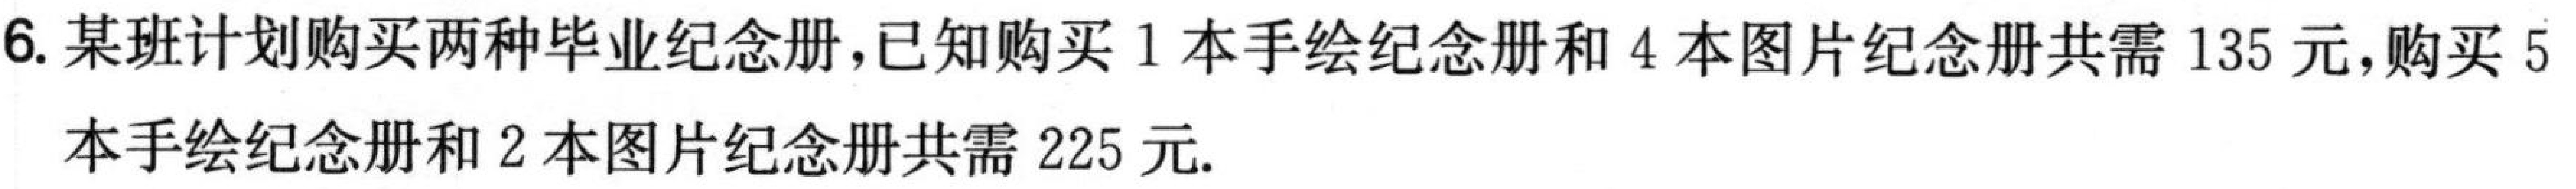
6. 某班计划购买两种毕业纪念册，已知购买1本手绘纪念册和4本图片纪念册共需135元，购买5本手绘纪念册和2本图片纪念册共需225元.